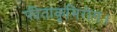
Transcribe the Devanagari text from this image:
फीताकृमिरोग।